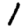
Digit: 1